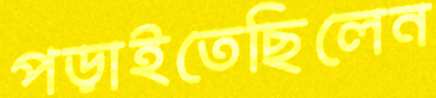
পড়াইতেছিলেন